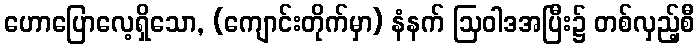
ဟောပြောလေ့ရှိသော, (ကျောင်းတိုက်မှာ) နံနက် ဩဝါဒအပြီး၌ တစ်လှည့်စီ